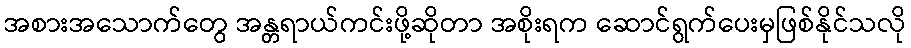
အစားအသောက်တွေ အန္တရာယ်ကင်းဖို့ဆိုတာ အစိုးရက ဆောင်ရွက်ပေးမှဖြစ်နိုင်သလို